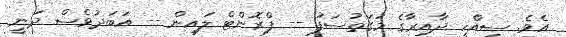
އެވެ. ސިއްހީ ދާއިރާގެ މަގަތުސަފު -- ފްރޮންޓް ލައިން -- އަބަދުވެސް ދަނީ